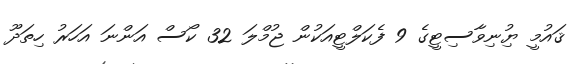
ޤައުމީ ޔުިނިވާސިޓީގެ 9 ފެކަލްޓީއަކުން ޖުމްލަ 32 ކޯސް އަންނަ އަހަރު ހިތަދޫ